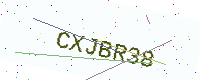
Text: CXJBR38